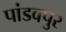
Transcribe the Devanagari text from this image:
पांडवपुर